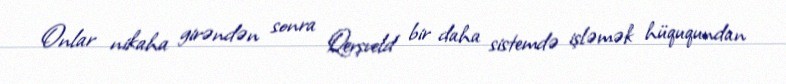
Onlar nikaha girəndən sonra Qerşveld bir daha sistemdə işləmək hüququndan